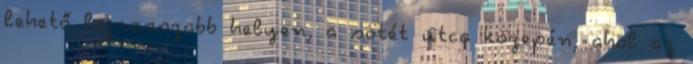
lehető legrosszabb helyen, a sötét utca közepén, ahol az